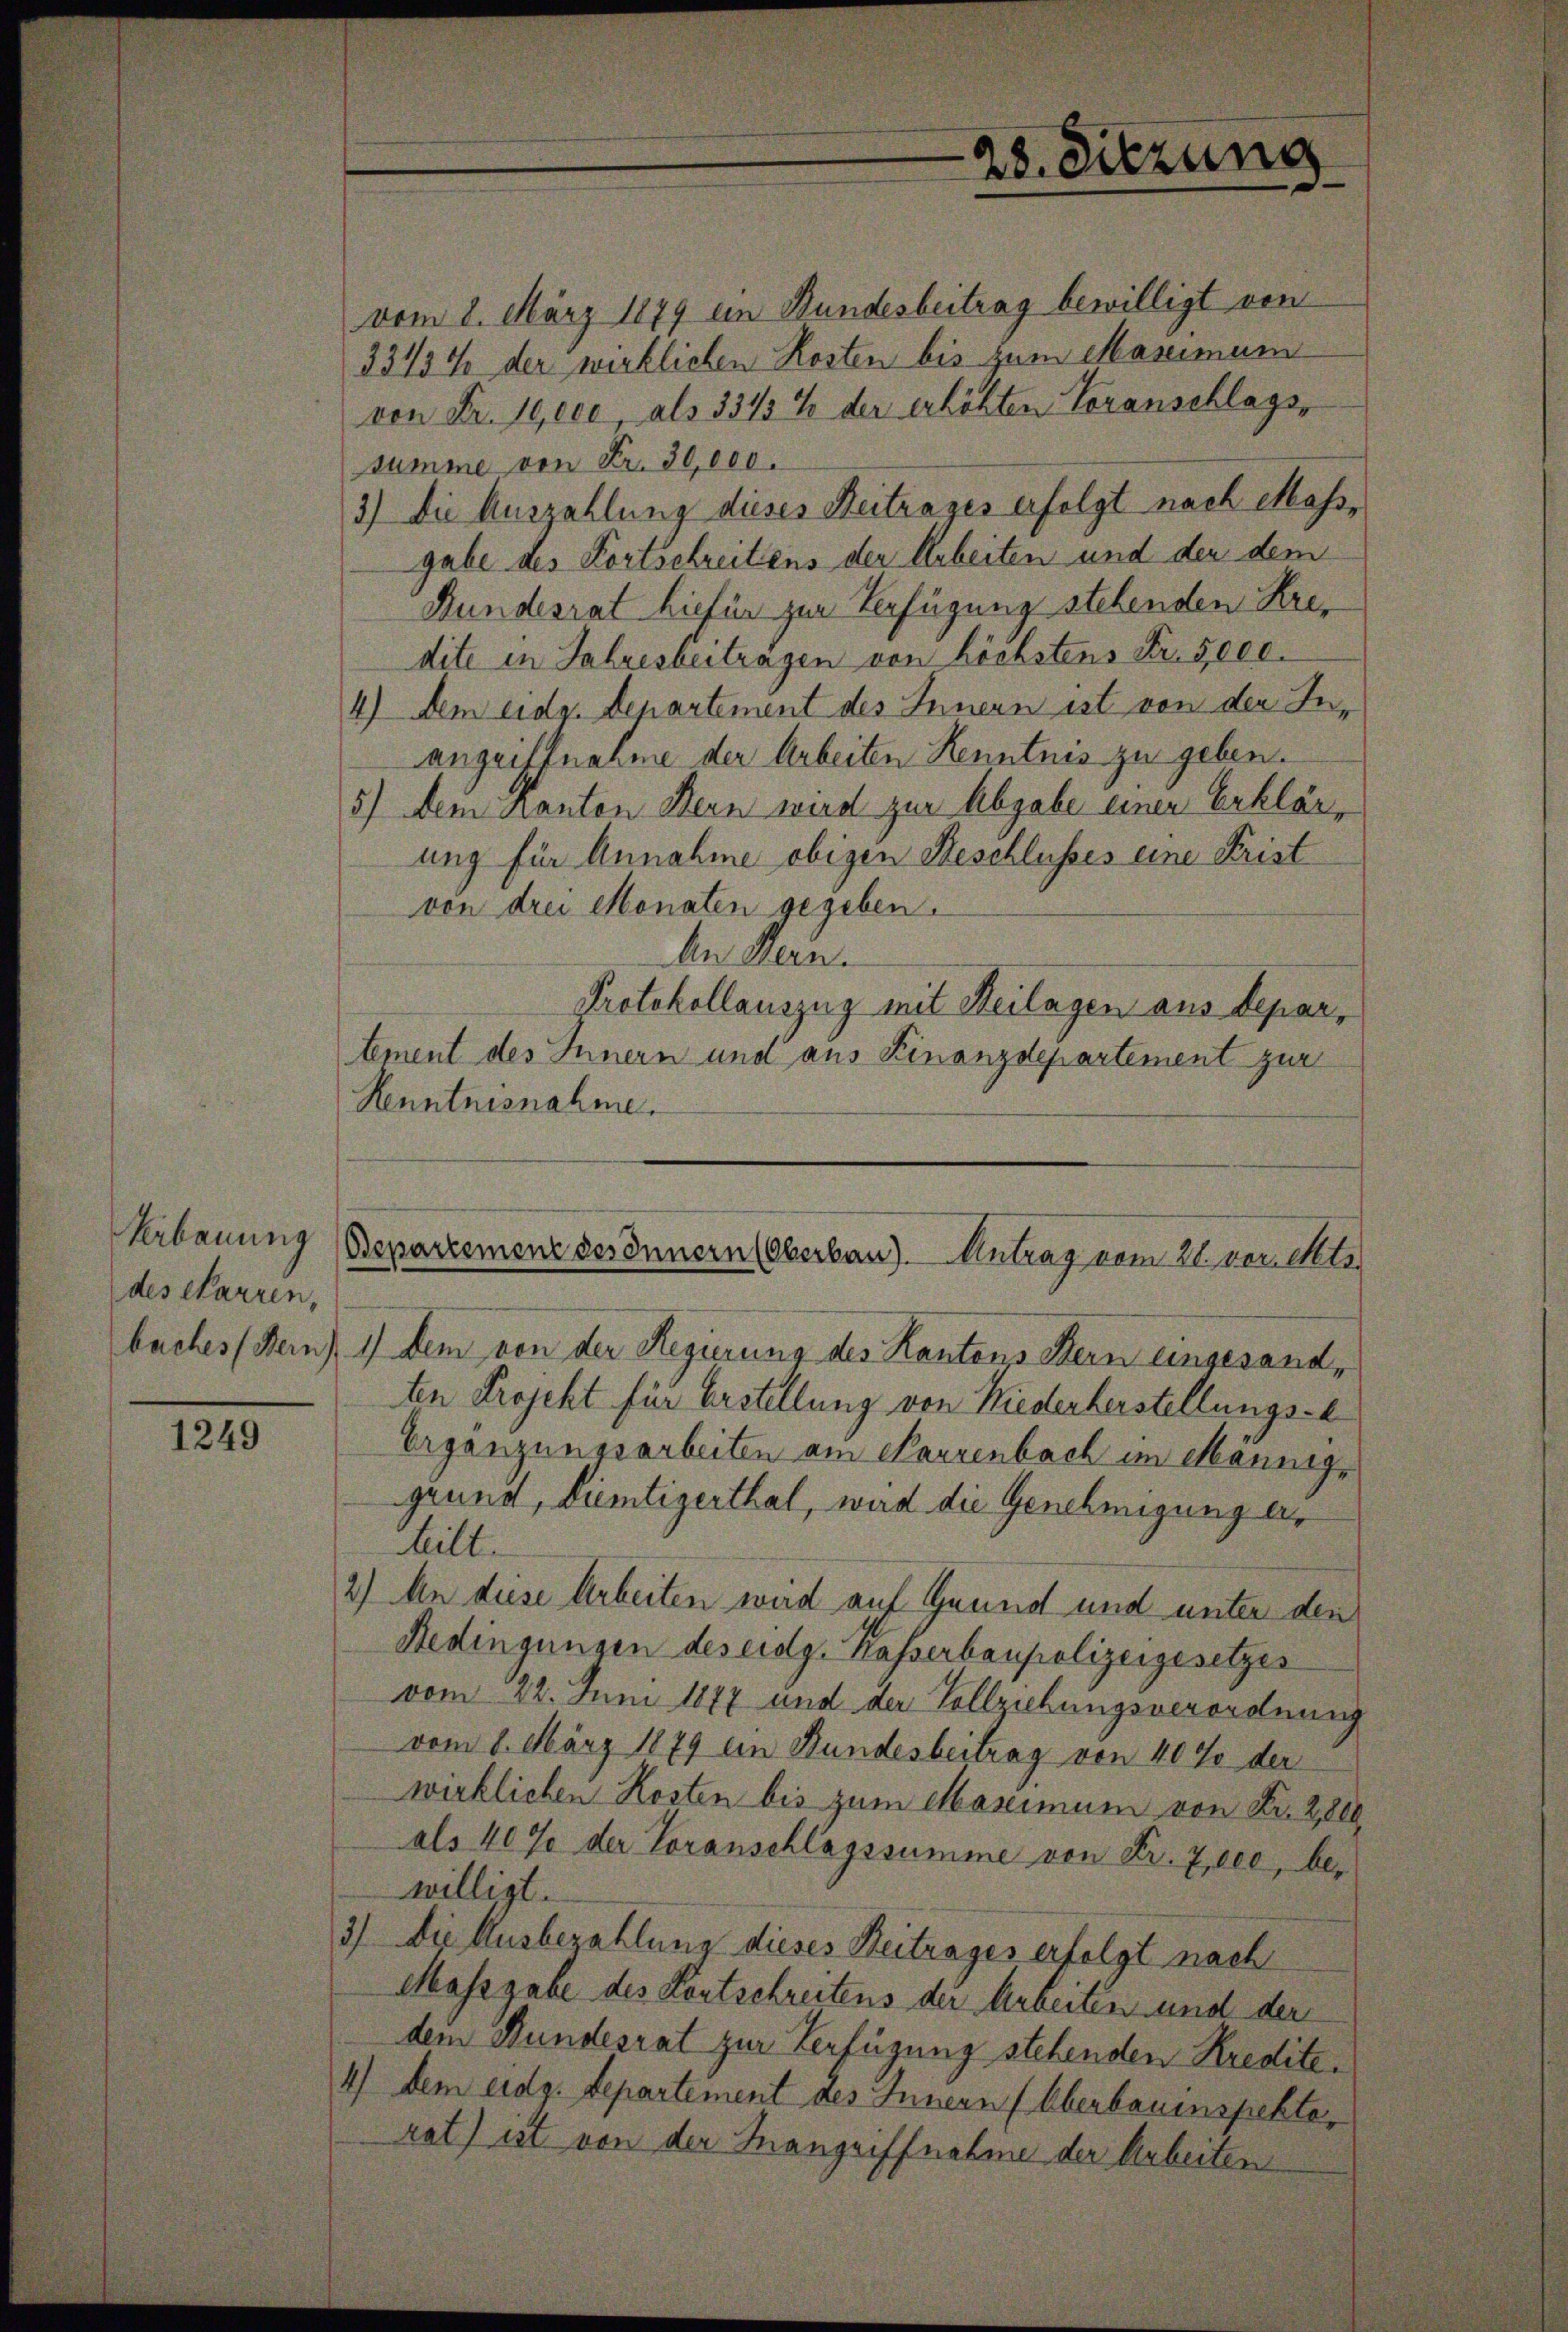
Verbauung
des Karren,

1249

vom 8. März 1879 ein Bundesbeitrag bewilligt von
33437 der wirklichen Kosten bis zum Massimum
von Fr. 10,000, als 3313 % der erhöhten Voranschlags-
summe von Fr. 30,000.
3.) Die Auszahlung dieses Beitrages erfolgt nach Massgabe des Fortschreitens der Arbeiten und den dem
Bundesrat hiefür zur Verfügung stehenden Kredite in Jahresbeitragen von höchstens Fr. 5000.
4) dem eidg. Departement des Innern ist von den Inangriffnahme der Arbeiten Kenntnis zu geben.
5) dem Kanton Bern wird zur Abgabe einer Erklär,
ung für Annahme obigen Beschlusses eine Frist
von drei Monaten gegeben.
An Hern.
Protokollauszug mit Heilagen aus Department des Innern und aus Finanzdepartement zur
Kenntnisnahme.

28. Dierung

Bsepartemenz des Innern (Oberbau). Antrag vom 21. vor. Mts

buches (Bern) 1) dem von der Regierung des Kantons Stern eingesandten Projekt für Erstellung von Niederkerstellungs-
Ergänzungsarbeiten am Parzenbach im Männig-
grund, Diemtizerthal, wird die Genehmigung er¬
Milt.
2) An diese Arbeiten wird auf Grund und unter den
Bedingungen des eidg. Kasserbaupolizeigesetzes
vom 22. Juni 1877 und der Vollziehungsverordnung
vom 8. März 1879 ein Bundesbeitrag von 40% der
wirklichen Kosten bis zum Massimum von Kr. 2,000
als 40% der Voranschlagssumme von Fr. Zeee, bewilligt.
3) Die Ausbezahlung dieses Beitrages erfolgt nach
Massgabe des Kontschreitens der Arbeiten und der
dem Bundesrat zur Verfügung stehenden Kredite¬
4) dem eidg. Departement des Innern (Oberbauinspekto
rat) ist von der Inangriffnahme der Arbeiten